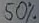
Text: 50%